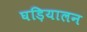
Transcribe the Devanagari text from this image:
घड़ियालन